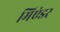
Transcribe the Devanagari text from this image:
मिएंडर